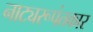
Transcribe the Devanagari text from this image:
नाट्यरूपंतकार